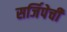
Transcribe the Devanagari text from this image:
सर्जिपेची